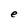
Character: e